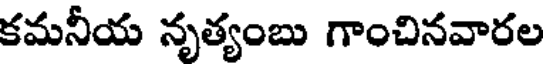
కమనీయ నృత్యంబు గాంచినవారల